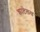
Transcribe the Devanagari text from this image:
क्राटेलस